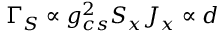
\Gamma _ { S } \propto g _ { c s } ^ { 2 } S _ { x } J _ { x } \propto d